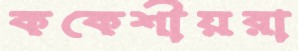
ককেশীয়রা